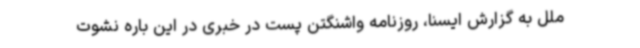
ملل به گزارش ایسنا، روزنامه واشنگتن پست در خبری در این باره نشوت